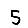
Digit: 5